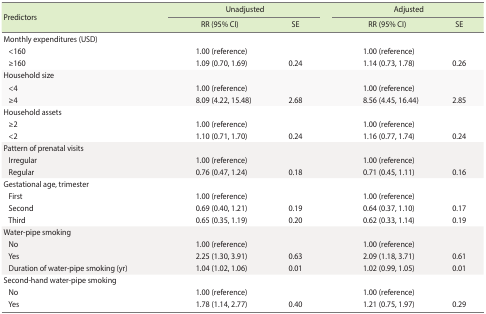
<table><thead><tr><td rowspan="2"><b>Predictors</b></td><td colspan="2"><b>Unadjusted</b></td><td colspan="2"><b>Adjusted</b></td></tr><tr><td><b>RR (95% CI)</b></td><td><b>SE</b></td><td><b>RR (95% CI)</b></td><td><b>SE</b></td></tr></thead><tbody><tr><td>Monthly expenditures (USD)</td><td></td><td></td><td></td><td></td></tr><tr><td> &lt;160</td><td>1.00 (reference)</td><td></td><td>1.00 (reference)</td><td></td></tr><tr><td> ≥160</td><td>1.09 (0.70, 1.69)</td><td>0.24</td><td>1.14 (0.73, 1.78)</td><td>0.26</td></tr><tr><td>Household size</td><td></td><td></td><td></td><td></td></tr><tr><td> &lt;4</td><td>1.00 (reference)</td><td></td><td>1.00 (reference)</td><td></td></tr><tr><td> ≥4</td><td>8.09 (4.22, 15.48)</td><td>2.68</td><td>8.56 (4.45, 16.44)</td><td>2.85</td></tr><tr><td>Household assets</td><td></td><td></td><td></td><td></td></tr><tr><td> ≥2</td><td>1.00 (reference)</td><td></td><td>1.00 (reference)</td><td></td></tr><tr><td> &lt;2</td><td>1.10 (0.71, 1.70)</td><td>0.24</td><td>1.16 (0.77, 1.74)</td><td>0.24</td></tr><tr><td>Pattern of prenatal visits</td><td></td><td></td><td></td><td></td></tr><tr><td> Irregular</td><td>1.00 (reference)</td><td></td><td>1.00 (reference)</td><td></td></tr><tr><td> Regular</td><td>0.76 (0.47, 1.24)</td><td>0.18</td><td>0.71 (0.45, 1.11)</td><td>0.16</td></tr><tr><td>Gestational age, trimester</td><td></td><td></td><td></td><td></td></tr><tr><td> First</td><td>1.00 (reference)</td><td></td><td>1.00 (reference)</td><td></td></tr><tr><td> Second</td><td>0.69 (0.40, 1.21)</td><td>0.19</td><td>0.64 (0.37, 1.10)</td><td>0.17</td></tr><tr><td> Third</td><td>0.65 (0.35, 1.19)</td><td>0.20</td><td>0.62 (0.33, 1.14)</td><td>0.19</td></tr><tr><td>Water-pipe smoking</td><td></td><td></td><td></td><td></td></tr><tr><td> No</td><td>1.00 (reference)</td><td></td><td>1.00 (reference)</td><td></td></tr><tr><td> Yes</td><td>2.25 (1.30, 3.91)</td><td>0.63</td><td>2.09 (1.18, 3.71)</td><td>0.61</td></tr><tr><td> Duration of water-pipe smoking (yr)</td><td>1.04 (1.02, 1.06)</td><td>0.01</td><td>1.02 (0.99, 1.05)</td><td>0.01</td></tr><tr><td>Second-hand water-pipe smoking</td><td></td><td></td><td></td><td></td></tr><tr><td> No</td><td>1.00 (reference)</td><td></td><td>1.00 (reference)</td><td></td></tr><tr><td> Yes</td><td>1.78 (1.14, 2.77)</td><td>0.40</td><td>1.21 (0.75, 1.97)</td><td>0.29</td></tr></tbody></table>